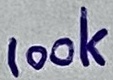
Text: 100k